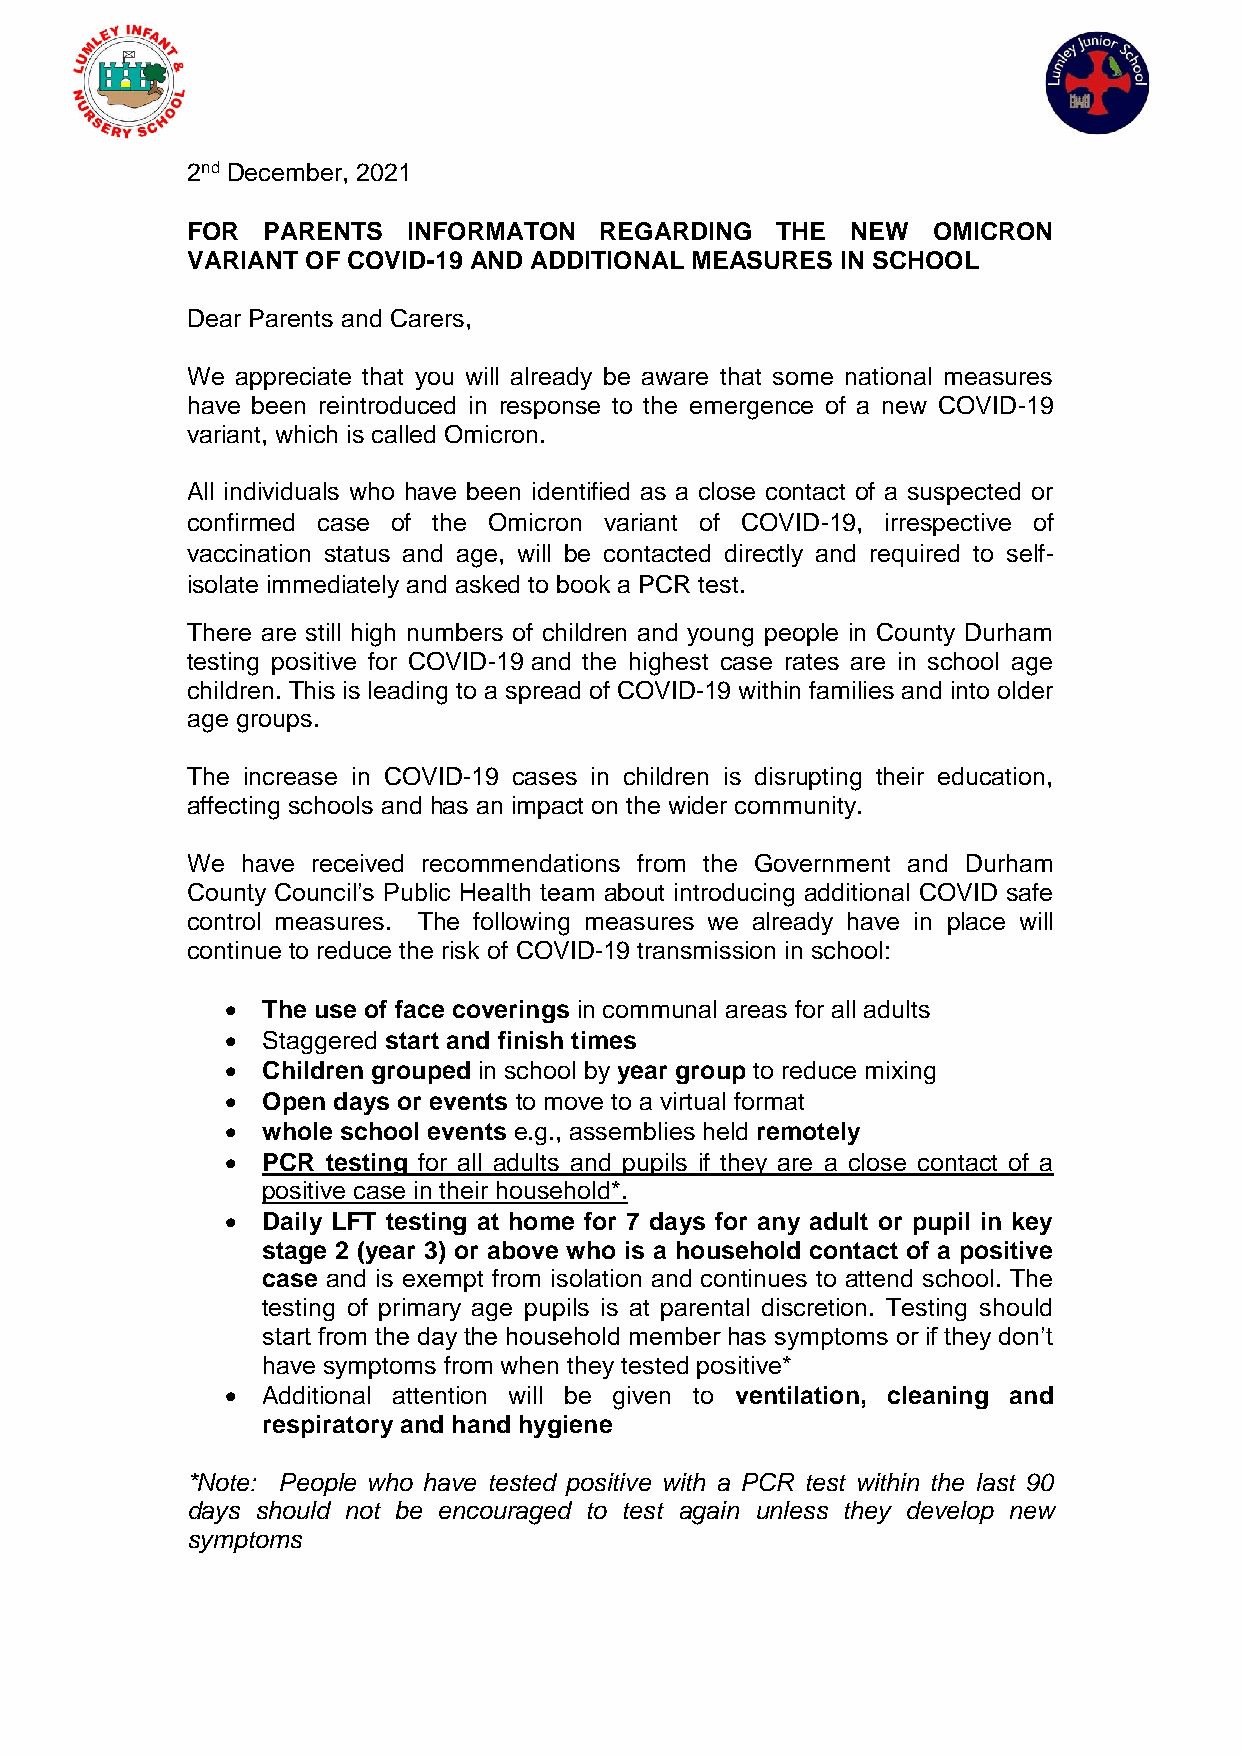
2nd December, 2021
 FOR  PARENTS   INFORMATON   REGARDING  THE  NEW   OMICRON
 VARIANT OF COVID-19 AND ADDITIONAL MEASURES IN SCHOOL
 Dear Parents and Carers,
 We  appreciate that you will already be aware that some national measures
 have been reintroduced in response to the emergence of a new COVID-19
 variant, which is called Omicron.
 All individuals who have been identified as a close contact of a suspected or
 confirmed case of the Omicron variant of COVID-19, irrespective of
 vaccination status and age, will be contacted directly and required to self-
 isolate immediately and asked to book a PCR test.
 There are still high numbers of children and young people in County Durham
 testing positive for COVID-19 and the highest case rates are in school age
 children. This is leading to a spread of COVID-19 within families and into older
 age groups.
 The increase in COVID-19 cases in children is disrupting their education,
 affecting schools and has an impact on the wider community.
 We  have received recommendations from the Government and Durham
 County Council’s Public Health team about introducing additional COVID safe
 control measures. The following measures we already have in place will
 continue to reduce the risk of COVID-19 transmission in school:
 • The use of face coverings in communal areas for all adults
 • Staggered start and finish times
 • Children grouped in school by year group to reduce mixing
 • Open days or events to move to a virtual format
 • whole school events e.g., assemblies held remotely
 • PCR  testing for all adults and pupils if they are a close contact of a
 positive case in their household*.
 • Daily LFT testing at home for 7 days for any adult or pupil in key
 stage 2 (year 3) or above who is a household contact of a positive
 case and is exempt from isolation and continues to attend school. The
 testing of primary age pupils is at parental discretion. Testing should
 start from the day the household member has symptoms or if they don’t
 have symptoms from when they tested positive*
 • Additional attention will be given to ventilation, cleaning and
 respiratory and hand hygiene
 *Note: People who have tested positive with a PCR test within the last 90
 days should not be encouraged to test again unless they develop new
 symptoms